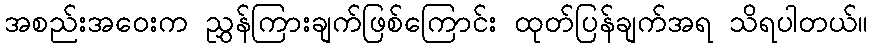
အစည်းအဝေးက ညွှန်ကြားချက်ဖြစ်ကြောင်း ထုတ်ပြန်ချက်အရ သိရပါတယ်။